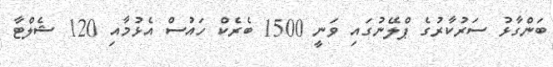
ބަންގާޅު ސަރުކާރުގެ ޕްލޭނުގައި ވަނީ 1500 ބެރެކް ހައުސް އެޅުމާއި 120 ޝެލްޓާ